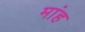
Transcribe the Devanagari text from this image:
मांह